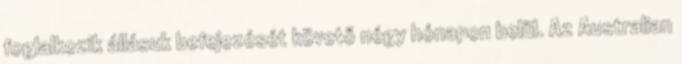
foglalkozik állásuk befejezését követő négy hónapon belül. Az Australian